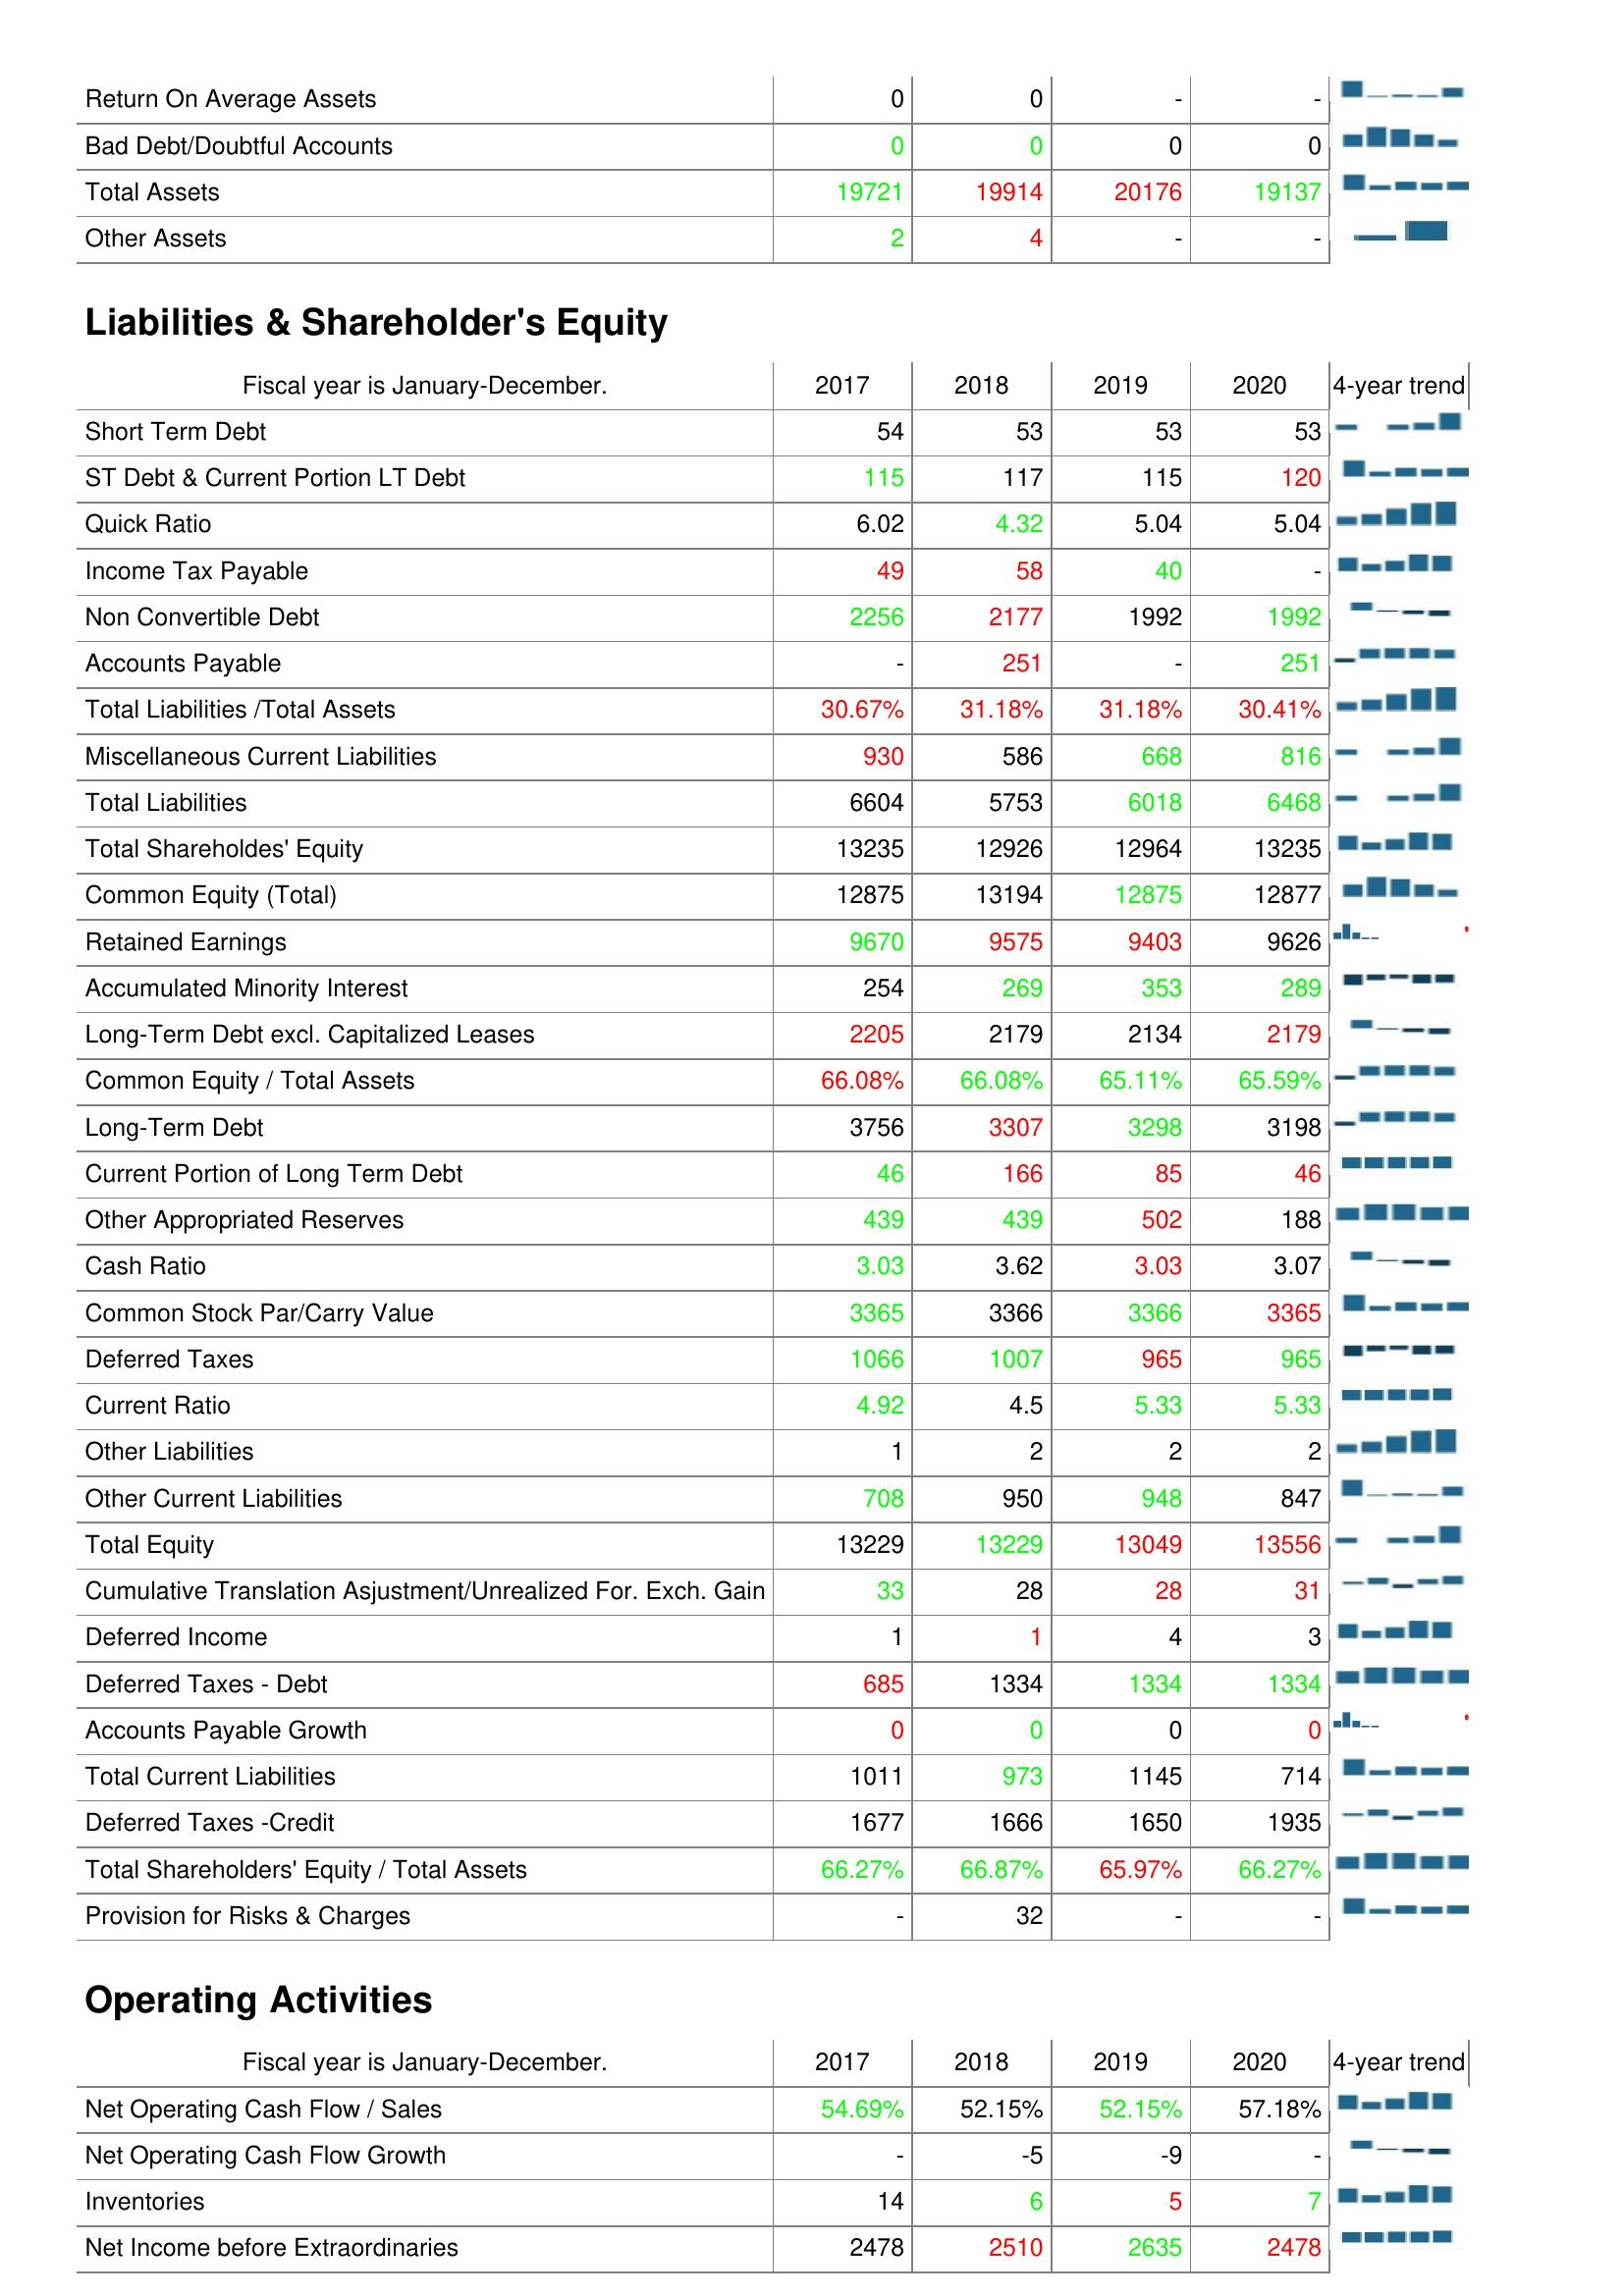
2017: Assets: Return On Average Assets: 0
Bad Debt/Doubtful Accounts: 0
Total Assets: 19721
Other Assets: 2
Liabilities & Shareholder's Equity: Short Term Debt: 54
ST Debt & Current Portion LT Debt: 115
Quick Ratio: 6.02
Income Tax Payable: 49
Non Convertible Debt: 2256
Accounts Payable: -
Total Liabilities /Total Assets: 30.67%
Miscellaneous Current Liabilities: 930
Total Liabilities: 6604
Total Shareholdes' Equity: 13235
Common Equity (Total): 12875
Retained Earnings: 9670
Accumulated Minority Interest: 254
Long-Term Debt excl. Capitalized Leases: 2205
Common Equity / Total Assets: 66.08%
Long-Term Debt: 3756
Current Portion of Long Term Debt: 46
Other Appropriated Reserves: 439
Cash Ratio: 3.03
Common Stock Par/Carry Value: 3365
Deferred Taxes: 1066
Current Ratio: 4.92
Other Liabilities: 1
Other Current Liabilities: 708
Total Equity: 13229
Cumulative Translation Asjustment/Unrealized For. Exch. Gain: 33
Deferred Income: 1
Deferred Taxes - Debt: 685
Accounts Payable Growth: 0
Total Current Liabilities: 1011
Deferred Taxes -Credit: 1677
Total Shareholders' Equity / Total Assets: 66.27%
Provision for Risks & Charges: -
Operating Activities: Net Operating Cash Flow / Sales: 54.69%
Net Operating Cash Flow Growth: -
Inventories: 14
Net Income before Extraordinaries: 2478
2018: Assets: Return On Average Assets: 0
Bad Debt/Doubtful Accounts: 0
Total Assets: 19914
Other Assets: 4
Liabilities & Shareholder's Equity: Short Term Debt: 53
ST Debt & Current Portion LT Debt: 117
Quick Ratio: 4.32
Income Tax Payable: 58
Non Convertible Debt: 2177
Accounts Payable: 251
Total Liabilities /Total Assets: 31.18%
Miscellaneous Current Liabilities: 586
Total Liabilities: 5753
Total Shareholdes' Equity: 12926
Common Equity (Total): 13194
Retained Earnings: 9575
Accumulated Minority Interest: 269
Long-Term Debt excl. Capitalized Leases: 2179
Common Equity / Total Assets: 66.08%
Long-Term Debt: 3307
Current Portion of Long Term Debt: 166
Other Appropriated Reserves: 439
Cash Ratio: 3.62
Common Stock Par/Carry Value: 3366
Deferred Taxes: 1007
Current Ratio: 4.5
Other Liabilities: 2
Other Current Liabilities: 950
Total Equity: 13229
Cumulative Translation Asjustment/Unrealized For. Exch. Gain: 28
Deferred Income: 1
Deferred Taxes - Debt: 1334
Accounts Payable Growth: 0
Total Current Liabilities: 973
Deferred Taxes -Credit: 1666
Total Shareholders' Equity / Total Assets: 66.87%
Provision for Risks & Charges: 32
Operating Activities: Net Operating Cash Flow / Sales: 52.15%
Net Operating Cash Flow Growth: -5
Inventories: 6
Net Income before Extraordinaries: 2510
2019: Assets: Return On Average Assets: -
Bad Debt/Doubtful Accounts: 0
Total Assets: 20176
Other Assets: -
Liabilities & Shareholder's Equity: Short Term Debt: 53
ST Debt & Current Portion LT Debt: 115
Quick Ratio: 5.04
Income Tax Payable: 40
Non Convertible Debt: 1992
Accounts Payable: -
Total Liabilities /Total Assets: 31.18%
Miscellaneous Current Liabilities: 668
Total Liabilities: 6018
Total Shareholdes' Equity: 12964
Common Equity (Total): 12875
Retained Earnings: 9403
Accumulated Minority Interest: 353
Long-Term Debt excl. Capitalized Leases: 2134
Common Equity / Total Assets: 65.11%
Long-Term Debt: 3298
Current Portion of Long Term Debt: 85
Other Appropriated Reserves: 502
Cash Ratio: 3.03
Common Stock Par/Carry Value: 3366
Deferred Taxes: 965
Current Ratio: 5.33
Other Liabilities: 2
Other Current Liabilities: 948
Total Equity: 13049
Cumulative Translation Asjustment/Unrealized For. Exch. Gain: 28
Deferred Income: 4
Deferred Taxes - Debt: 1334
Accounts Payable Growth: 0
Total Current Liabilities: 1145
Deferred Taxes -Credit: 1650
Total Shareholders' Equity / Total Assets: 65.97%
Provision for Risks & Charges: -
Operating Activities: Net Operating Cash Flow / Sales: 52.15%
Net Operating Cash Flow Growth: -9
Inventories: 5
Net Income before Extraordinaries: 2635
2020: Assets: Return On Average Assets: -
Bad Debt/Doubtful Accounts: 0
Total Assets: 19137
Other Assets: -
Liabilities & Shareholder's Equity: Short Term Debt: 53
ST Debt & Current Portion LT Debt: 120
Quick Ratio: 5.04
Income Tax Payable: -
Non Convertible Debt: 1992
Accounts Payable: 251
Total Liabilities /Total Assets: 30.41%
Miscellaneous Current Liabilities: 816
Total Liabilities: 6468
Total Shareholdes' Equity: 13235
Common Equity (Total): 12877
Retained Earnings: 9626
Accumulated Minority Interest: 289
Long-Term Debt excl. Capitalized Leases: 2179
Common Equity / Total Assets: 65.59%
Long-Term Debt: 3198
Current Portion of Long Term Debt: 46
Other Appropriated Reserves: 188
Cash Ratio: 3.07
Common Stock Par/Carry Value: 3365
Deferred Taxes: 965
Current Ratio: 5.33
Other Liabilities: 2
Other Current Liabilities: 847
Total Equity: 13556
Cumulative Translation Asjustment/Unrealized For. Exch. Gain: 31
Deferred Income: 3
Deferred Taxes - Debt: 1334
Accounts Payable Growth: 0
Total Current Liabilities: 714
Deferred Taxes -Credit: 1935
Total Shareholders' Equity / Total Assets: 66.27%
Provision for Risks & Charges: -
Operating Activities: Net Operating Cash Flow / Sales: 57.18%
Net Operating Cash Flow Growth: -
Inventories: 7
Net Income before Extraordinaries: 2478